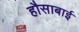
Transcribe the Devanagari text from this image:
हौसाबाई